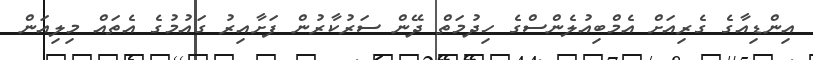
އިންޑިއާގެ ގެރިއަށް އެމްބިއުލެންސްގެ ހިދުމަތް ދޭން ސަރުކާރުން ފަށާއިރު ގައުމުގެ އެތައް މިލިއަން